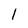
Character: 1